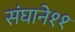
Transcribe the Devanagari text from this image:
संघाने११